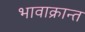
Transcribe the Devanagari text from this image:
भावाक्रान्त